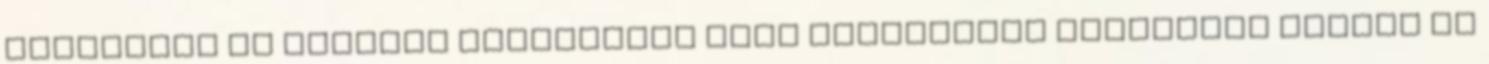
Utóbbinál az ekkorra kritikussá váló biztonsági helyzetet emelte ki